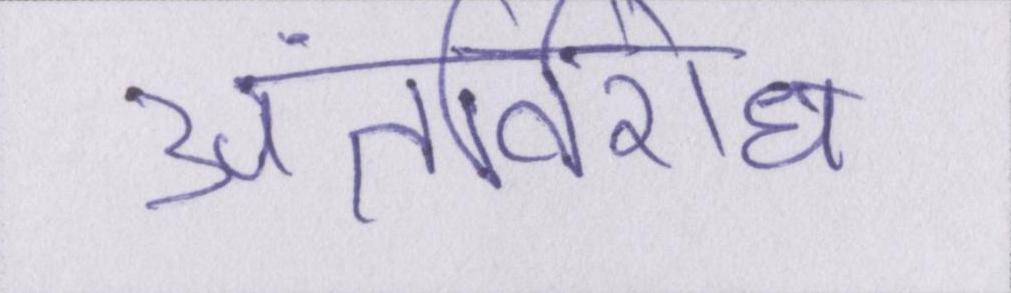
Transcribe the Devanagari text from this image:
अंतर्विरोध